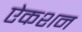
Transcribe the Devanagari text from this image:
ऐकशन